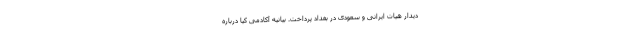
دیدار هیات ایرانی و سعودی در بغداد پرداخت. بیانیه آکادمی کیا درباره